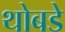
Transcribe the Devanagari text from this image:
थोबडे